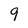
Character: 9